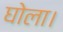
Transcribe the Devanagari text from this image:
घोला।